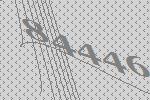
84446